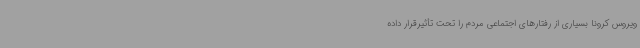
ویروس کرونا بسیاری از رفتارهای اجتماعی مردم را تحت تأثیرقرار داده